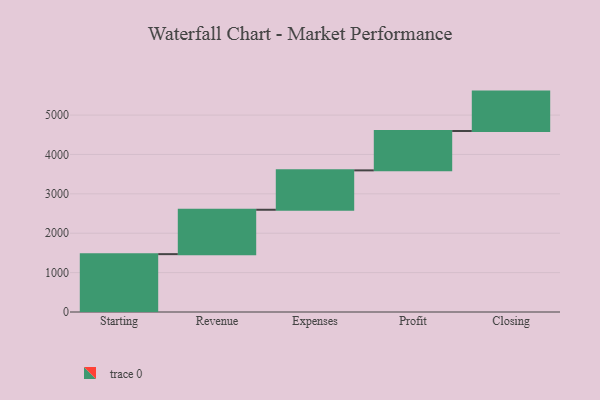
{"axis": {"x": "Step", "y": "Value"}, "legend": [""], "data": [{"x": "Starting", "y": 1469.0, "type": ""}, {"x": "Revenue", "y": 1127.0, "type": ""}, {"x": "Expenses", "y": 1000, "type": ""}, {"x": "Profit", "y": 1000, "type": ""}, {"x": "Closing", "y": 1000, "type": ""}]}